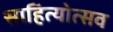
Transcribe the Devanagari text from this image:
साहित्योत्सव